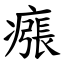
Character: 瘬